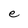
Character: e